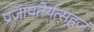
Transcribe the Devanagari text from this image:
प्रजापतेर्यत्सहजं